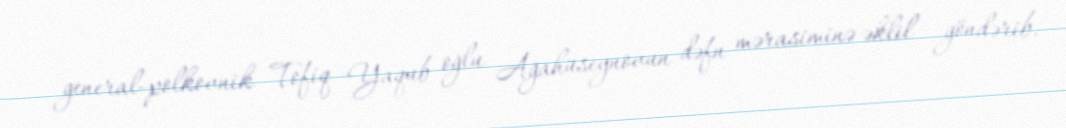
general-polkovnik Tofiq Yaqub oğlu Ağahüseynovun dəfn mərasiminə əklil göndərib.